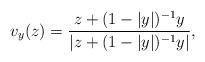
LaTeX: \begin{align*}v_y(z)=\frac{z+(1-|y|)^{-1}y}{|z+(1-|y|)^{-1}y|},\end{align*}